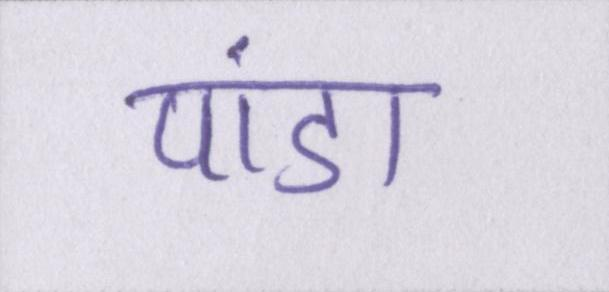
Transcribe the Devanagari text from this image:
पांडा